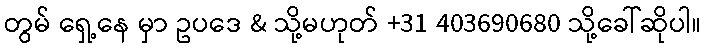
တွမ် ရှေ့နေ မှာ ဥပဒေ & သို့မဟုတ် +31 403690680 သို့ခေါ်ဆိုပါ။